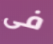
فى